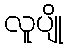
လူပျို